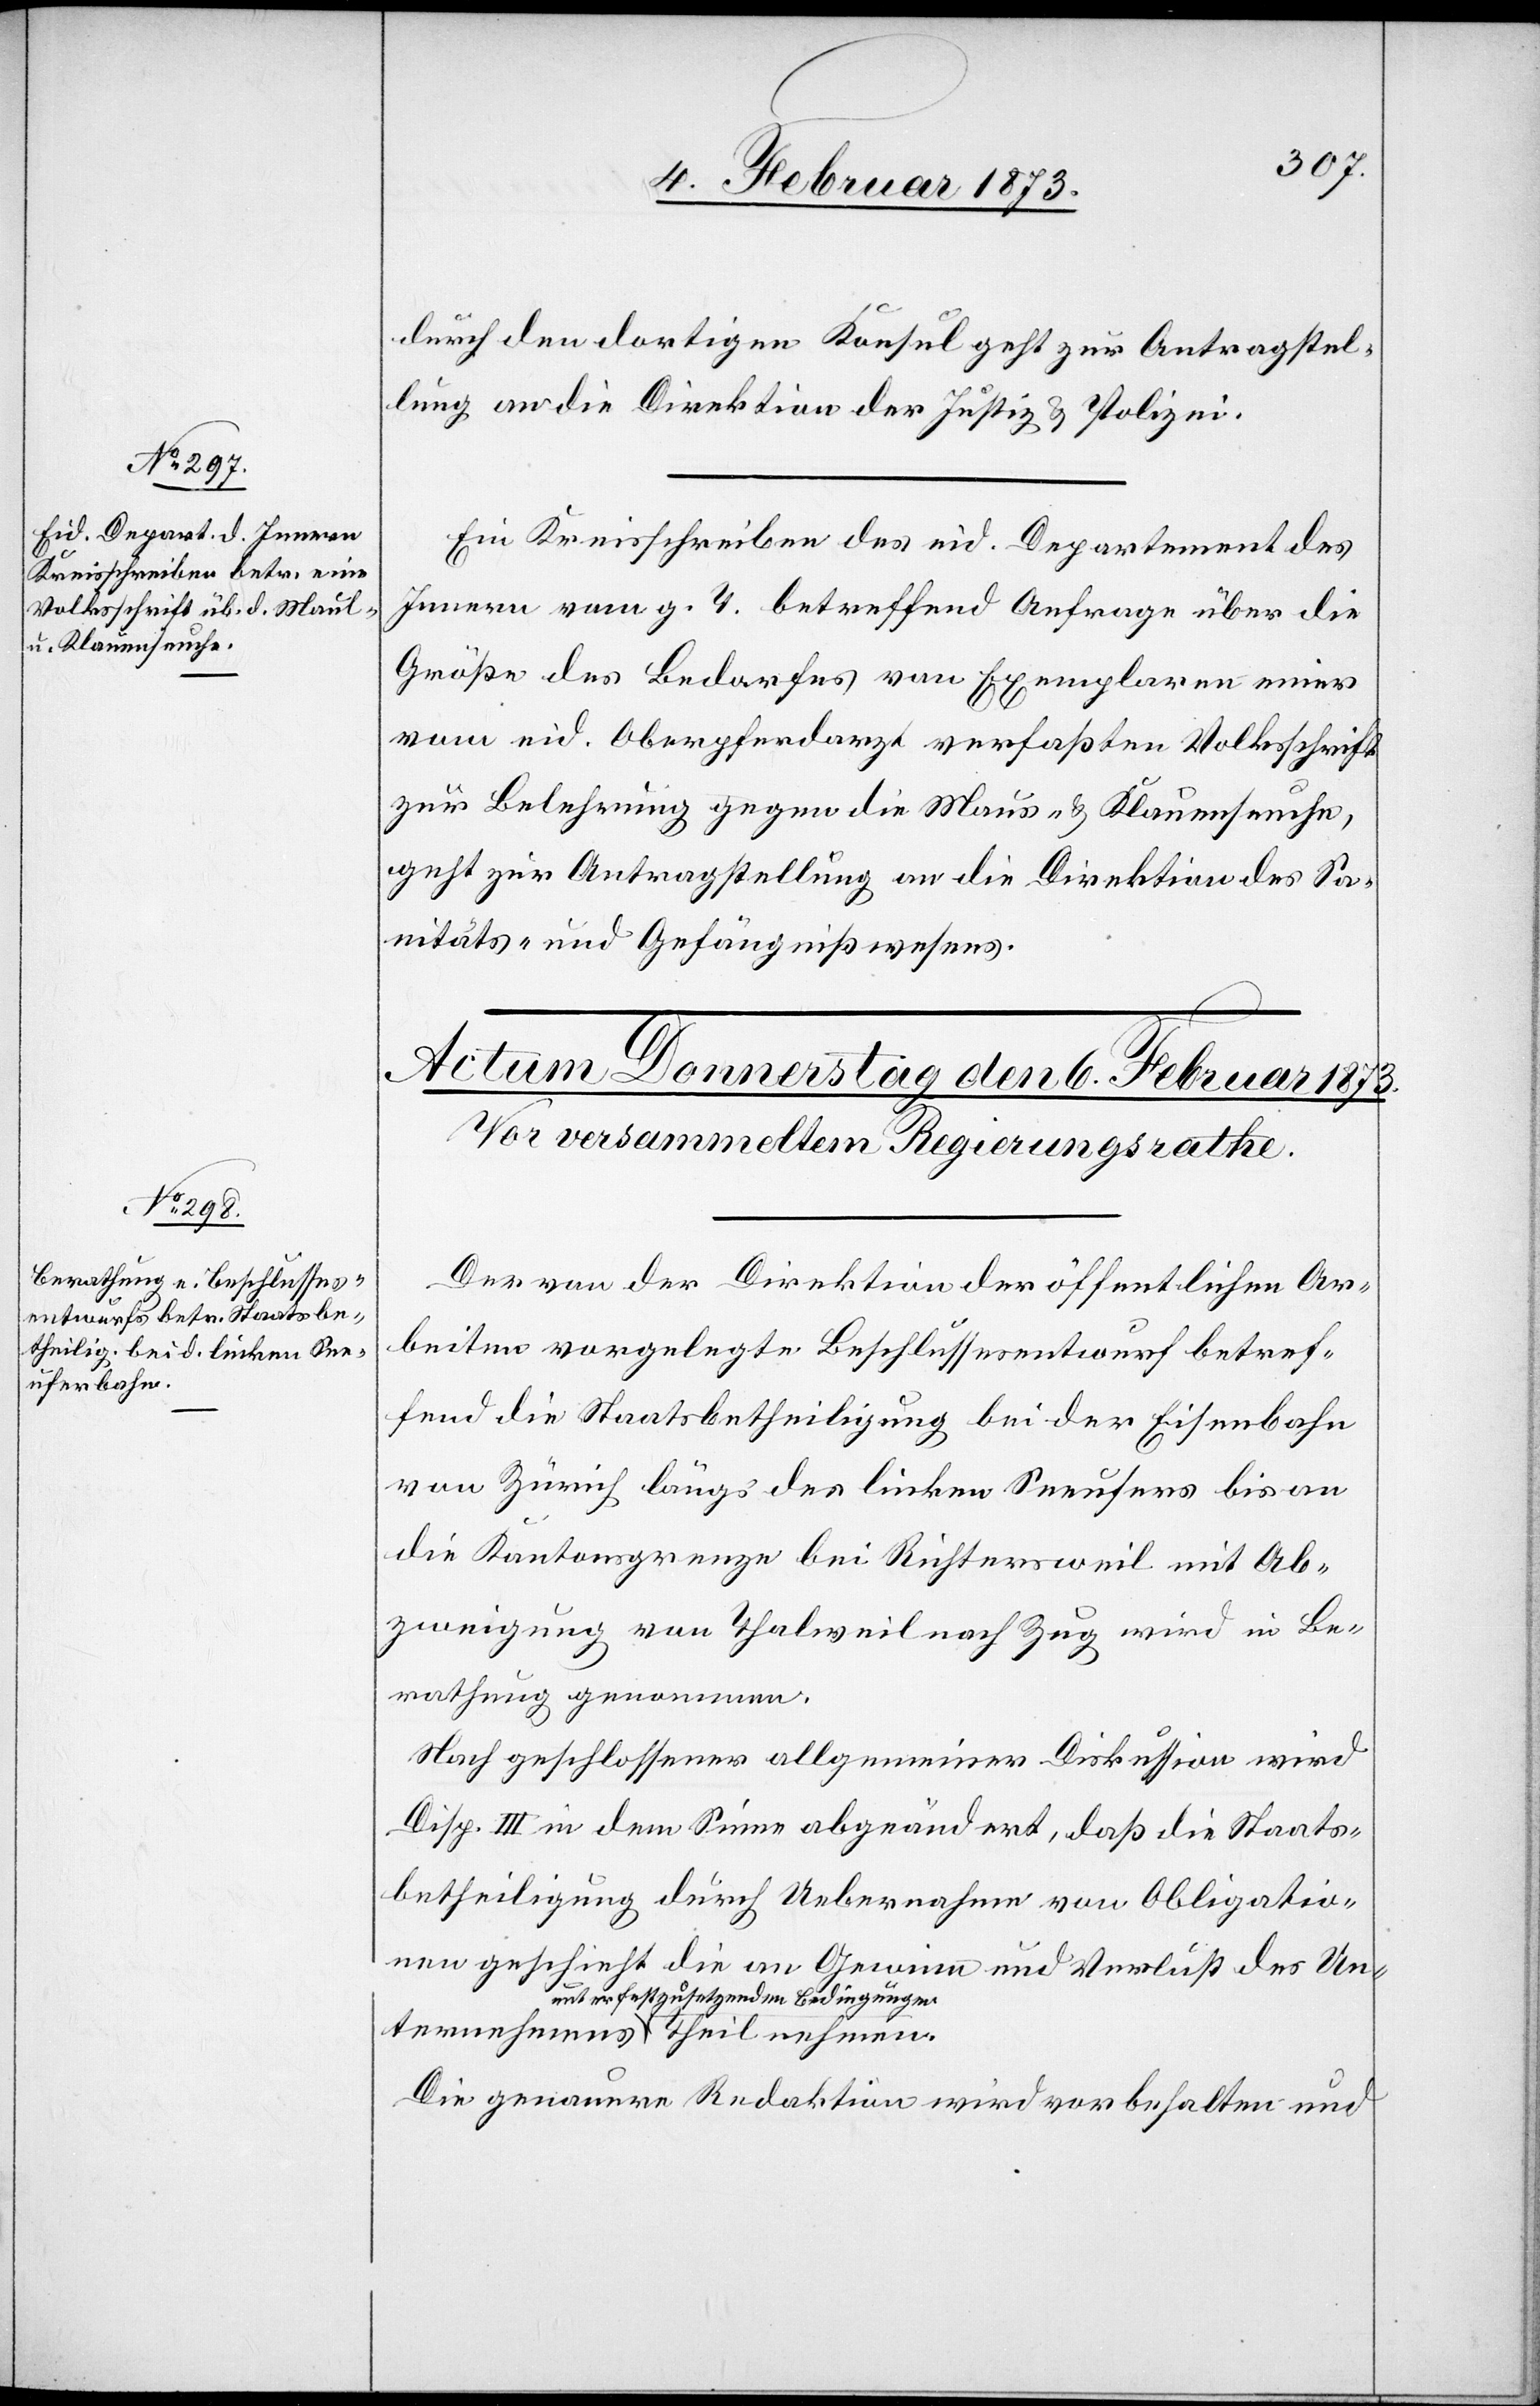
ternehmens

5. Februar 1873.]
durch den dortigen Konsul geht zur Antragstel¬
lung an die Direktion der Justiz u. Polizei.
Ein Kreisschreiben des eid. Departement des
Innern vom g. T. betreffend Anfrage über die
Größe des Bedarfes von Exemplaren einer
vom eid. Oberpferdarzt verfaßten Volksschrift
zur Belehrung gegen die Maus- [sic!] u. Klauenseuche,
geht zur Antragstellung an die Direktion des Sa¬
nitäts- und Gefängnißwesens.
Der von der Direktion der öffentlichen Ar¬
beiten vorgelegte Beschlussesentwurf betref¬
fend die Staatsbetheiligung bei der Eisenbahn
von Zürich längs des linken Seeufers bis an
die Kantonsgrenze bei Richtersweil mit Ab¬
zweigung von Thalweil nach Zug wird in Be¬
rathung genommen.
Nach geschlossener allgemeiner Diskussion wird
Disp. III in dem Sinne abgeändert, daß die Staats¬
betheiligung durch Uebernahme von Obligatio¬
nen geschieht die an Gewinn und Verlust des Un¬
unter festzusetzenden Bedingungen
Die genauere Redaktion wird vorbehalten und